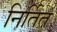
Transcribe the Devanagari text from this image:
निर्तित